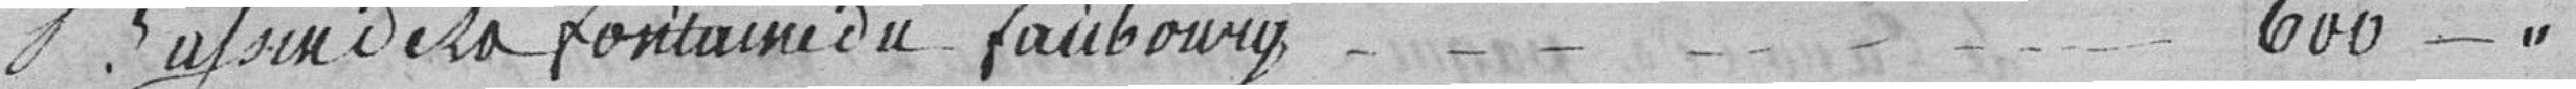
Bassin de la fontaine du faubourg 600